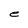
Character: e